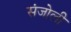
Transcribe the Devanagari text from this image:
संजोली